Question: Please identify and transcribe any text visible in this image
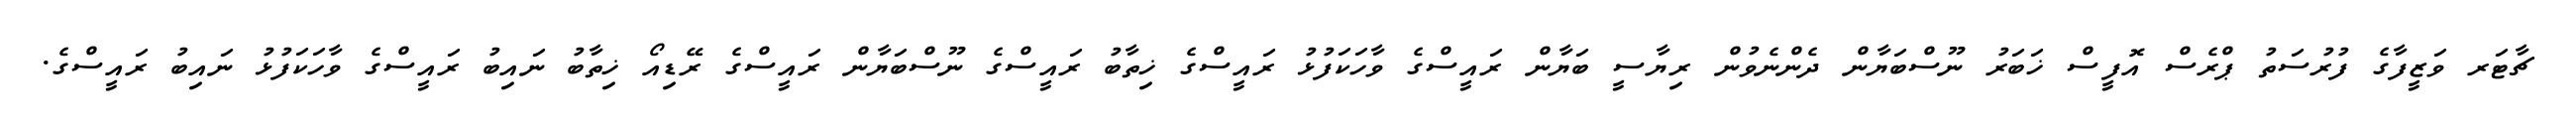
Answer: ޗާޓަރ ވަޒީފާގެ ފުރުސަތު ޕްރެސް އޮފީސް ޚަބަރު ނޫސްބަޔާން ދެންނެވުން ރިޔާސީ ބަޔާން ރައީސްގެ ވާހަކަފުޅު ރައީސްގެ ޚިތާބު ރައީސްގެ ނޫސްބަޔާން ރައީސްގެ ރޭޑިއޯ ޚިތާބު ނައިބު ރައީސްގެ ވާހަކަފުޅު ނައިބު ރައީސްގެ.